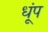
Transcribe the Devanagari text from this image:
धूंप